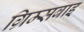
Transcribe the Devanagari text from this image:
ग्रिम्सबाइ